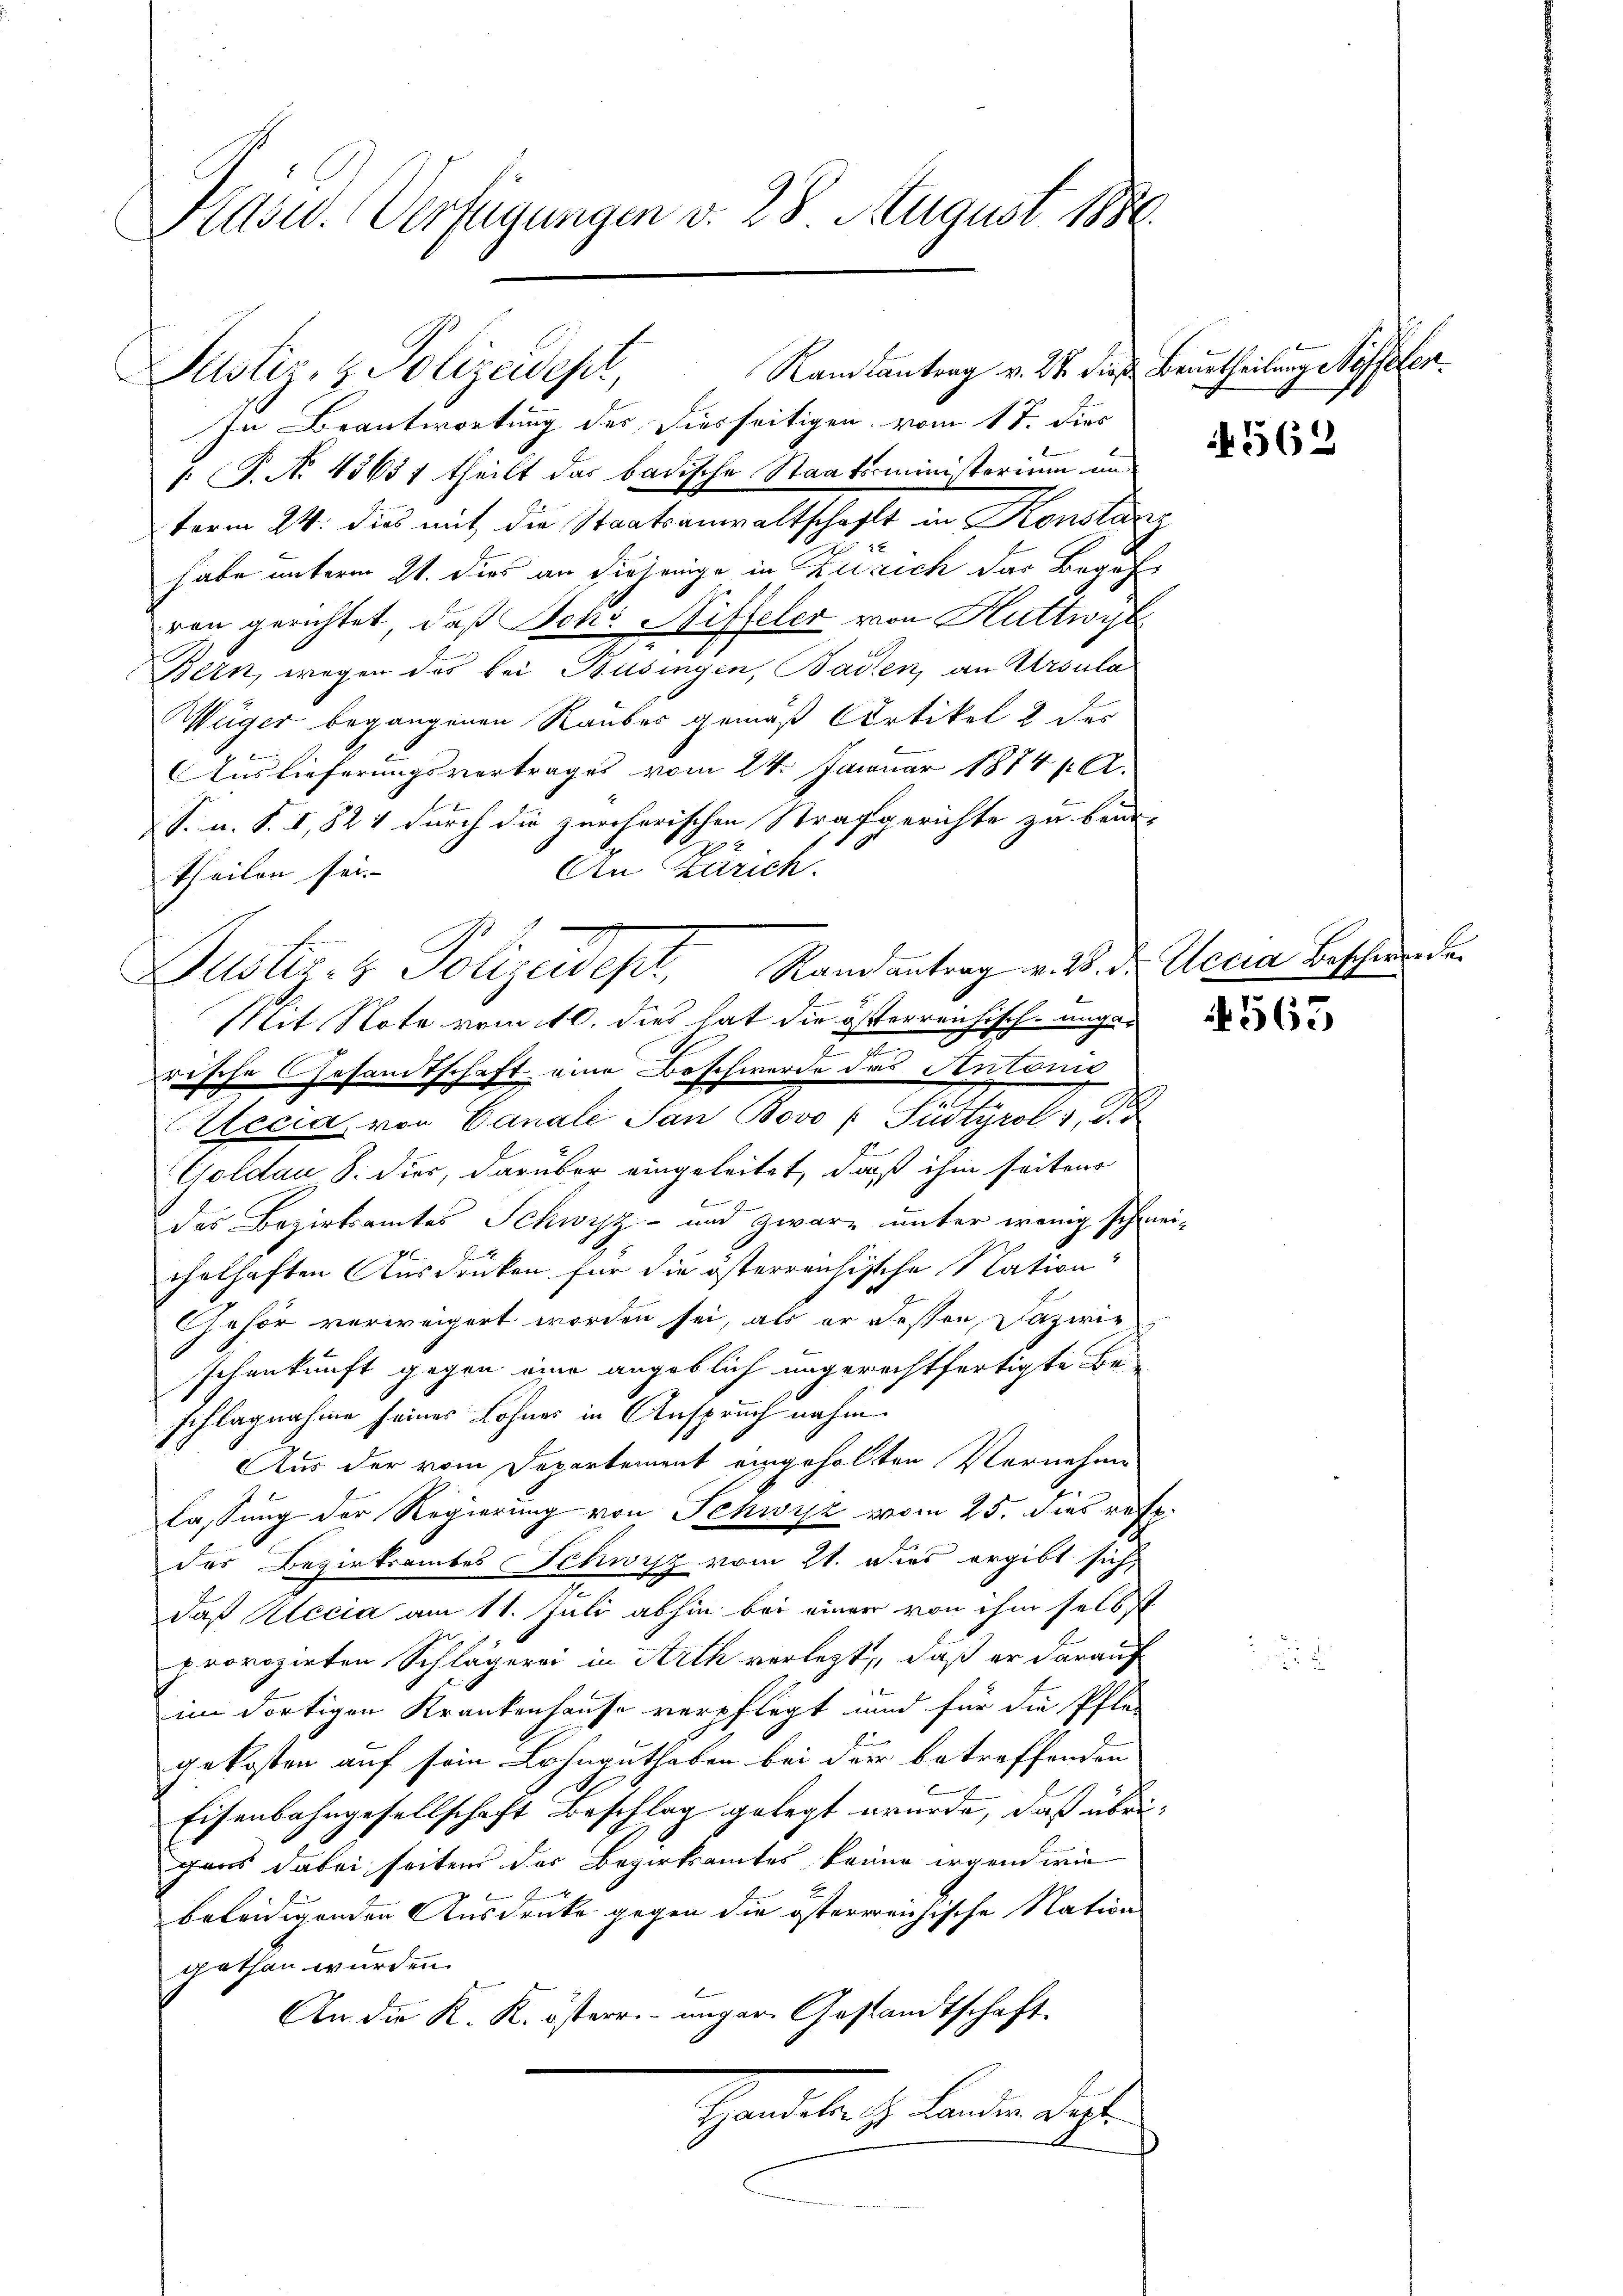
Kasw. Verfügungen d. 28 August 1880.

Justiz- & Polizeidept,

In Beantwortung des Diesseitigen vom 17. dies
1. P. No 15651 theilt das badische Staatsministerium un
term 24. dies mit die Staatsanwaltschaft in Konstanz
2
habe unterm 21. dies an diejenige in Zusich das Begehvon gerichtet, daß Joh. Riffeler von Huttwyl
Bern, wegen des bei Busingen, Baden, an Ursula
Wüger begangenen Rauber gemäß Artikel 2 der
b
Auslieferungsvertrages vom 24. Januar 1874/A.
S. u. S. I, 824 durch die zürcherischen Strafgerichte zu beid-
.
An Zürich.
theilen sei.
Mit Note vom 10. dies hat die österreichisch-ungar
rische Gesandtschaft eine Beschwerde das Antonis
Uccia von Canali San Bovo ( Püttyrol 1 S. 4
Goldau S. dier, darüber eingeleitet, daß ihm seiten
des Bezirksamtes Schwyz- und zwar unter wenig schwei-
chelhaften Ausdrucken für die österreichische Nation
Gehör verweigert worden sei, als er dessen Dazwischenkunft gegen eine angeblich ungerechtfertigte Be-
schlagnahme seines Lohnes in Anspruch nahm
Aus der vom Departement eingeholten Vernehme
lassung der Regierung von Schwyz vom 25. dies resp.
das Bezirksamtes Schwisz vom 21. dies ergibt sich
daß Alccia am 11. Juli abhin bei einer von ihm selbst
provozirten Schlägerei in Arth verlegt, daß er darauf
im dortigen Krankenhause verpflegt und für die Pfle-
gekosten auf sein Lohnguthaben bei der betreffenden
Eisenbahngesellschaft Beschlag gelegt wurde, daß übrigans dabei seiten des Bezirksamtes könne irgend wie
beleidigenden Ausdrucke gegen die österreichische Nation
gethan würden.
An die K. K. österr. unger Gestandtschaft
Gredete es anden des

Justiz- & Polizeidept, Randantrag v. M. der Accia Beschien de

Ramtantrag v. 24. dieß Beurtheilung Hoffelen.

N 562

4565